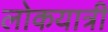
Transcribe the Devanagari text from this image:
लोकयात्री